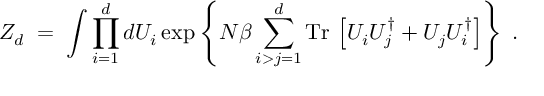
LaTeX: Z _ { d } \; = \; \int \prod _ { i = 1 } ^ { d } d U _ { i } \exp \left\{ N \beta \sum _ { i > j = 1 } ^ { d } \mathrm { T r } \, \left[ U _ { i } U _ { j } ^ { \dagger } + U _ { j } U _ { i } ^ { \dagger } \right] \right\} \; .